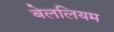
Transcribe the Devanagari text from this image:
बेललियम